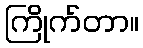
ကြိုက်တာ။